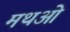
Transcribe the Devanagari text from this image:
मथओ